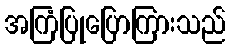
အကြံပြုပြောကြားသည်